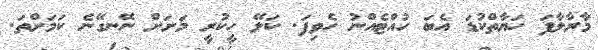
މާރާލާފަ ހަޔާތްކުޑަ އެބަ ހުއްޓެއްނު ހެވިފަ. ކަލޭ ހީކުރީ މަށަށް ނޭނގޭނެ ކަމަށްތަ.